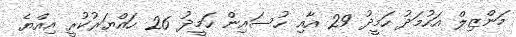
މަންޒިލް އަހުމަދު ހަމީދު 29 އާއި ހުސައިން ހަމީދު 26 ހައްޔަރުކުރީ އިއްޔެ